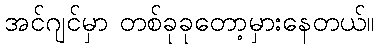
အင်ဂျင်မှာ တစ်ခုခုတော့မှားနေတယ်။